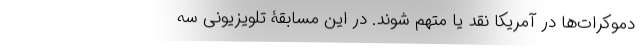
دموکرات‌ها در آمریکا نقد یا متهم شوند. در این مسابقۀ تلویزیونی سه